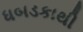
ધબડકાથી